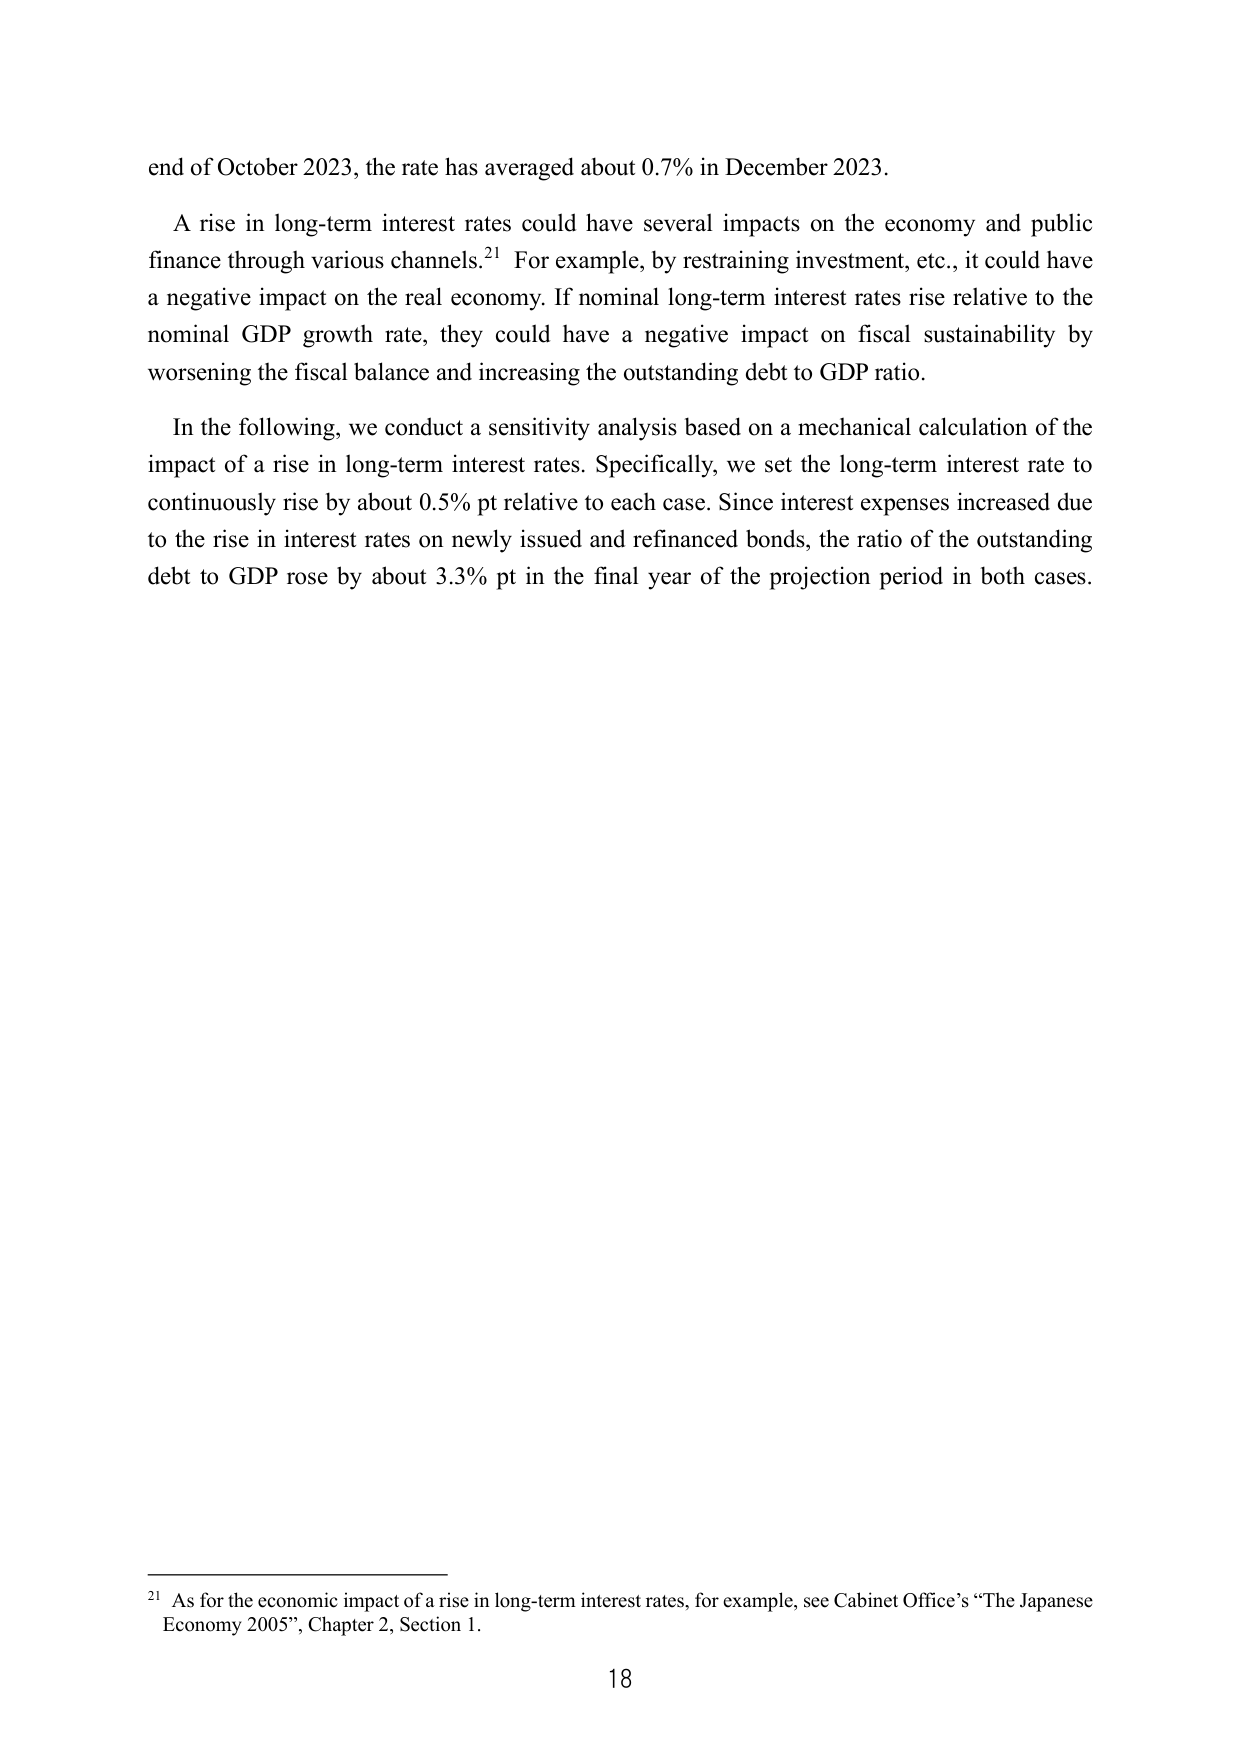
end of October 2023, the rate has averaged about 0.7% in December 2023.

A rise in long-term interest rates could have several impacts on the economy and public finance through various channels.²¹ For example, by restraining investment, etc., it could have a negative impact on the real economy. If nominal long-term interest rates rise relative to the nominal GDP growth rate, they could have a negative impact on fiscal sustainability by worsening the fiscal balance and increasing the outstanding debt to GDP ratio.

In the following, we conduct a sensitivity analysis based on a mechanical calculation of the impact of a rise in long-term interest rates. Specifically, we set the long-term interest rate to continuously rise by about 0.5% pt relative to each case. Since interest expenses increased due to the rise in interest rates on newly issued and refinanced bonds, the ratio of the outstanding debt to GDP rose by about 3.3% pt in the final year of the projection period in both cases.

²¹ As for the economic impact of a rise in long-term interest rates, for example, see Cabinet Office’s “The Japanese Economy 2005”, Chapter 2, Section 1.

18